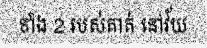
ទាំង 2 របស់គាត់ នៅវ័យ